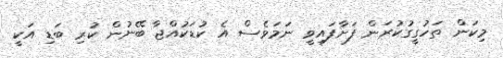
މިކަން ތަހުގީގުކުރަން ފަށާފައިވީ ނަމަވެސް އެ ކުޑަކުއްޖާ ބޭނުން ކުރި ބަޑި އަކީ